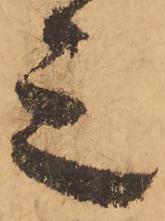
三